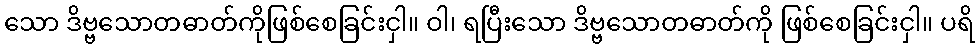
သော ဒိဗ္ဗသောတဓာတ်ကိုဖြစ်စေခြင်းငှါ။ ဝါ၊ ရပြီးသော ဒိဗ္ဗသောတဓာတ်ကို ဖြစ်စေခြင်းငှါ။ ပရိ